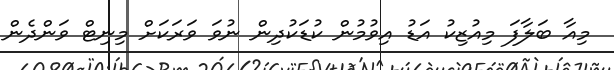
މިއާ ބަލާފަ މިއުޒިކު އަޑު އިވުމުން ކުޑަކުދިން ނުވަ ވަރަކަށް މިނިޓް ވަންދެން